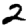
Digit: 2